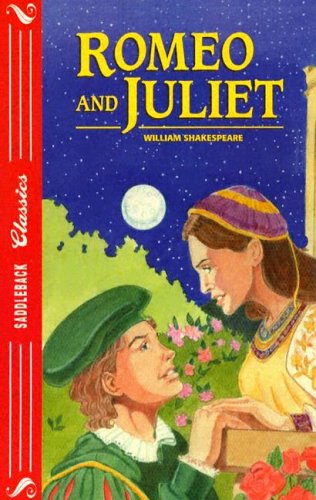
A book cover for Romeo and Juliet (Saddleback Classics); William Shakespeare; Literature & Fiction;